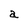
Character: a